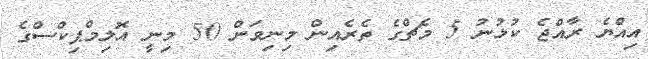
އިއްޔެ ރާއްޖެ ކުޅުނު 5 މެޗްގެ ތެރެއިން މިނިވަން 50 މިނީ އޮލިމްޕިކްސްގެ